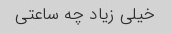
خیلی زیاد چه ساعتی